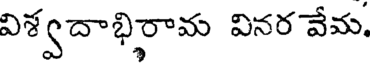
విశ్వదాభిరామ వినర వేమ.